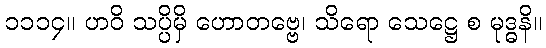
၁၁၁၄။ ဟဝိ သပ္ပိမှိ ဟောတဗ္ဗေ၊ သိရော သေဋ္ဌေ စ မုဒ္ဓနိ။